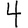
Digit: 4